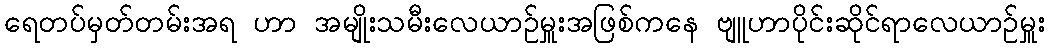
ရေတပ်မှတ်တမ်းအရ ဟာ အမျိုးသမီးလေယာဉ်မှူးအဖြစ်ကနေ ဗျူဟာပိုင်းဆိုင်ရာလေယာဉ်မှူး